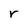
Character: r